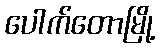
ပေါက်တောမြို့